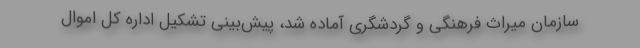
سازمان میراث فرهنگی و گردشگری آماده شد، پیش‌بینی تشکیل اداره کل اموال